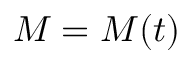
M = M ( t )